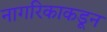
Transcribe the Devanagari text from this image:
नागरिकाकडून